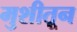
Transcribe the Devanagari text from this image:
मुशीतून